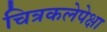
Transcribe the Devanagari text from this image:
चित्रकलेपेक्षा